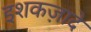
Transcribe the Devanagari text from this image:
इशकज़ादे